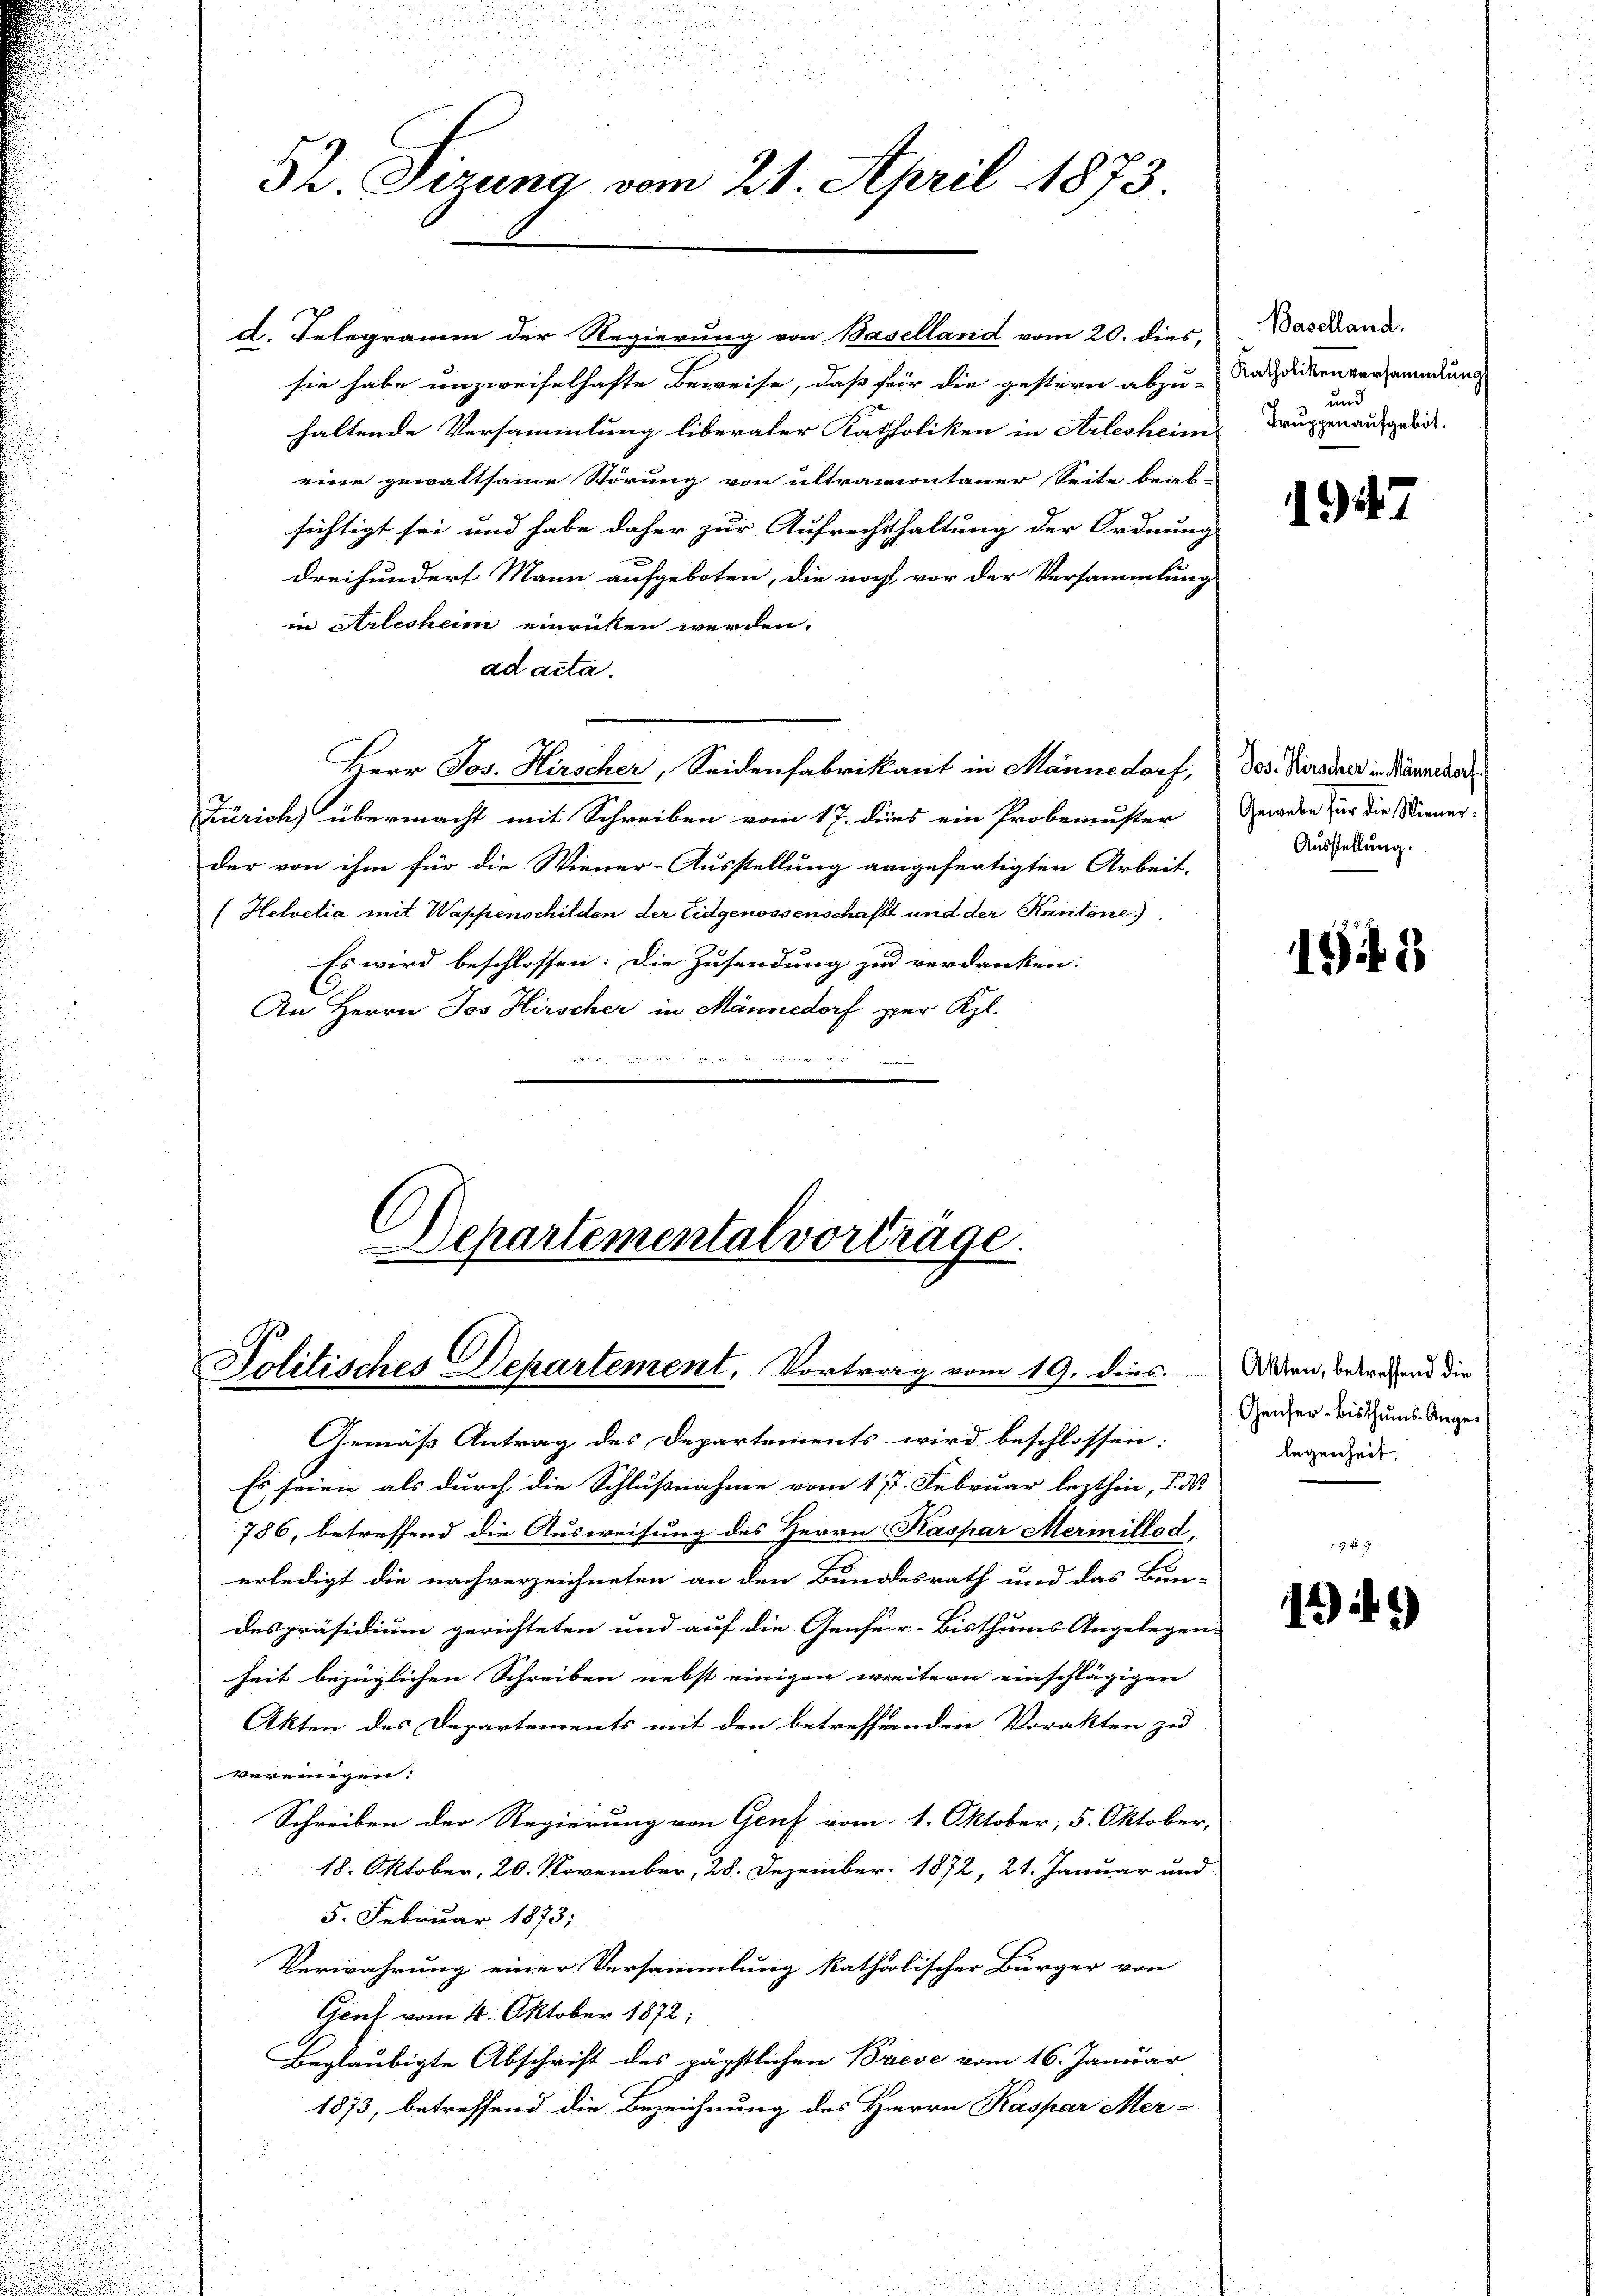
52. Sizung vom 21. April 1873

d. Telegramm der Regierung von Baselland vom 20. dies,
2
sie habe unzweifelhafte Beweise, daß für die gestern abzu-
haltende Versammlung liberaler Katholiken in Arlesheim
eine gewaltsame Störung von altramontaner Seite bearsichtigt sei und habe daher zur Aufrechthaltung der Ordnung
dreihundert Mann aufgeboten, die noch, vor der Versammlung
in Arlesheim einricken werden,
ad acta.
Herr Jos. Hirscher, Seidenfabrikant in Männedorf, Jos. Pierscher in Männedor
Zürich übermacht mit Schreiben vom 17. dies ein Probemuster
der von ihm für die Wiener-Ausstellung angefertigten Arbeit,
(Helvetia mit Wappenschilden der Eidgenossenschaft und der Kantone.)
Es wird beschlossen: Die Zusendung zu verdanken.
An Herrn Jos Hirscher in Männedorf per Kl.

Departemental vorträge.
Politisches Departement, Vortrag vom 19. dies

Baselland.
Katholikenversammlung
und
Truppen aufgebot.

1947

Gewebe für die Wiener¬
Ausstellung.

Gemäß Antrag des Departements wird beschlossen:
Es seien als durch die Schlußnahme vom 17. Februar lezthin, P. N
786, betreffend die Ausweisung des Herrn Kaspar Mermillod,
erledigt die nachverzeichneten an den Bundesrath und das Bun-
despräsidium gerichteten und auf die Genfer-Bisthums Angelegen-
heit bezüglichen Schreiben nebst einigen weitern einschlägigen
Akten des Departements mit den betreffenden Vorakten zu
vereinigen:
Schreiben der Regierung von Genf vom 1. Oktober, 5. Oktober,
18. Oktober, 20. November, 28. Dezember 1872, 21. Januar und
5. Februar 1873,
Verwahrung einer Versammlung katholischer Bürger von
Graf vom 4. Oktober 1872;
Beglaubigte Abschrift des päpstlichen Breve vom 16. Januar
1873, betreffend die Bezeichnung des Herrn Kaspar Mer-

198

Akten, betreffend die
Genfer-Bisthums-Angelegenheit.

1945